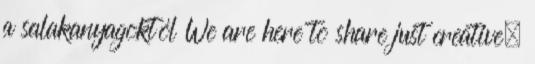
a salakanyagoktól We are here to share just creative,